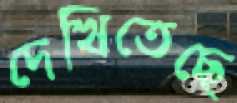
দেখিতেছে